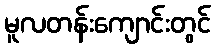
မူလတန်းကျောင်းတွင်